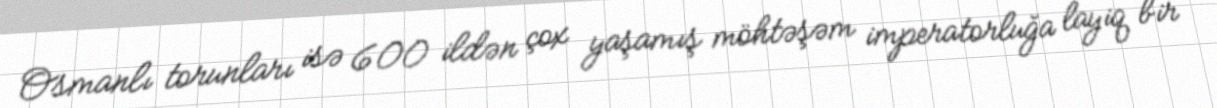
Osmanlı torunları isə 600 ildən çox yaşamış möhtəşəm imperatorluğa layiq bir